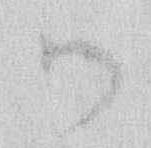
御